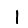
Digit: 1